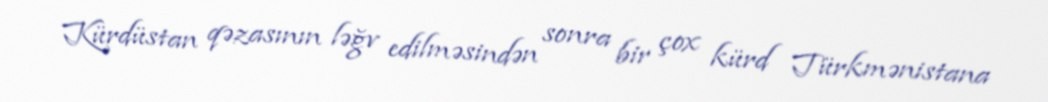
Kürdüstan qəzasının ləğv edilməsindən sonra bir çox kürd Türkmənistana